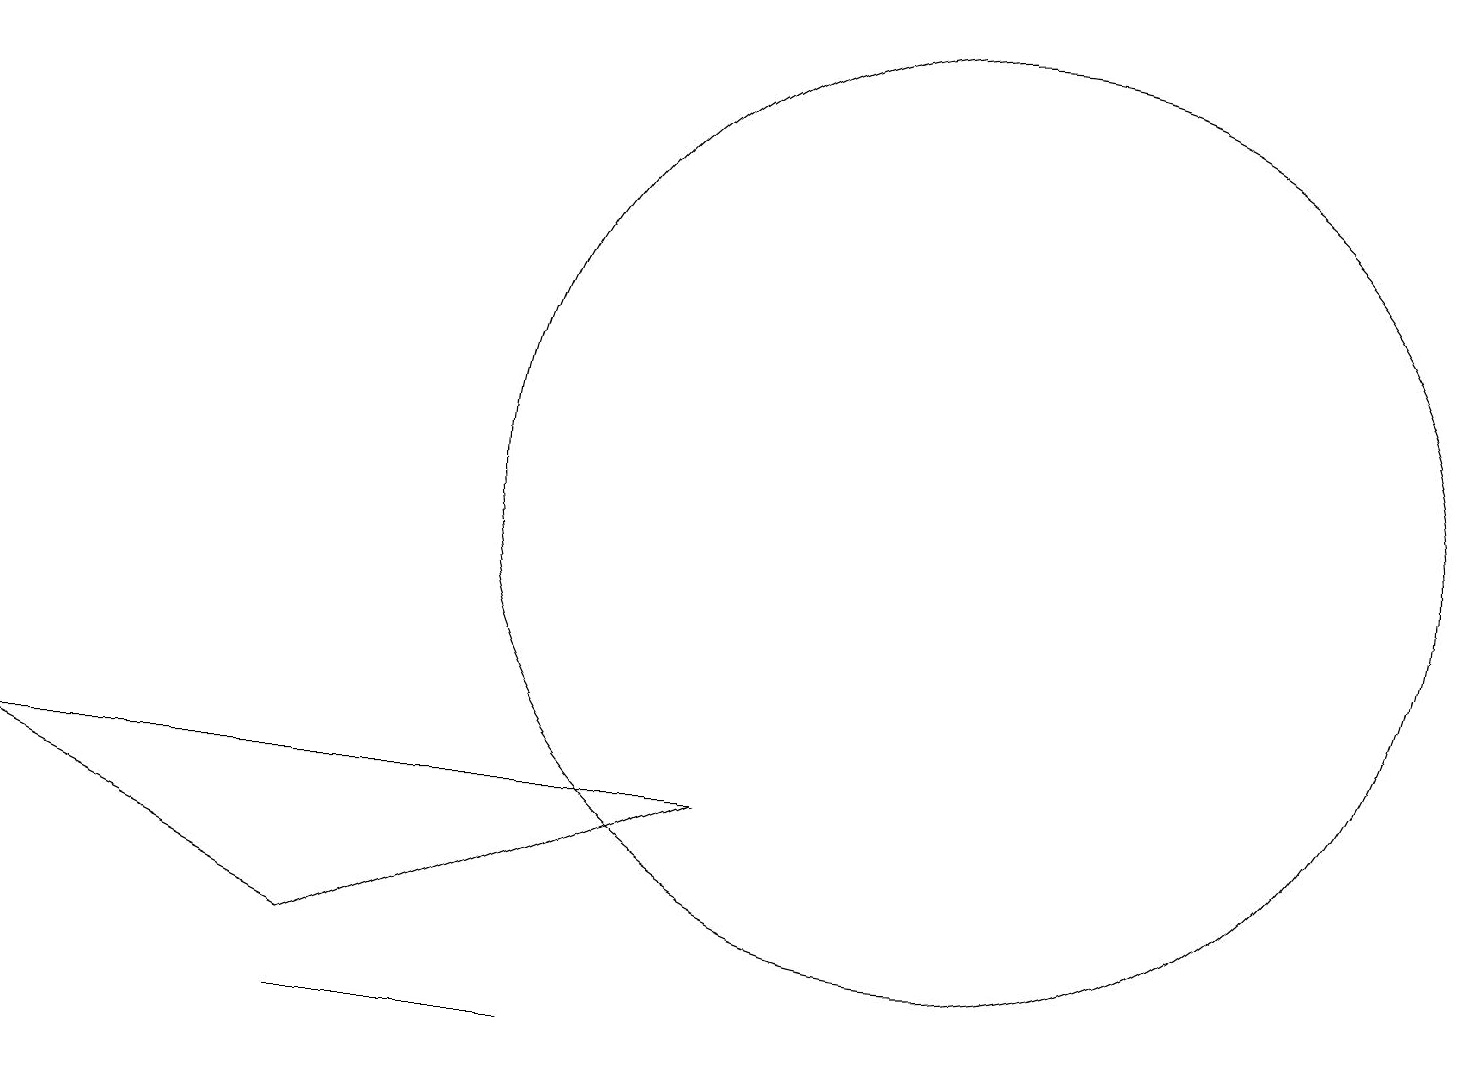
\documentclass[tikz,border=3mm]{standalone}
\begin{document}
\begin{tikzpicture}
\draw (9,6) -- (4,4) -- (0,6) -- cycle;
\draw (12,10) circle (6);
\draw (7,3) -- (4,3) -- (4,3) -- cycle;
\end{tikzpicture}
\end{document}